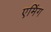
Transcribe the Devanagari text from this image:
एमिंग